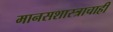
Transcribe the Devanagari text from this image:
मानसशास्त्राचाही